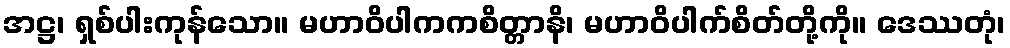
အဋ္ဌ၊ ရှစ်ပါးကုန်သော။ မဟာဝိပါကကစိတ္တာနိ၊ မဟာဝိပါက်စိတ်တို့ကို။ ဒေဿတုံ၊